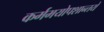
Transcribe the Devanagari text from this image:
कर्ममयोपशान्तये